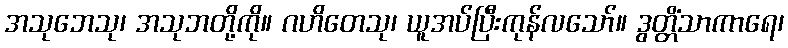
အသုဘေသု၊ အသုဘတို့ကို။ ဂဟိတေသု၊ ယူအပ်ပြီးကုန်လသော်။ ဒွတ္တိံသာကာရေ၊